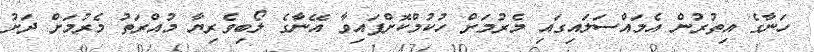
ހަނާގެ އިތުރުން އެމައްސަލައިގައި މެރުމަށް ހުކުމްކޮށްފައިވާ އޭނާގެ ލޯބިވެރިޔާ މުއްރަތު މެރުމަށް ދަށު